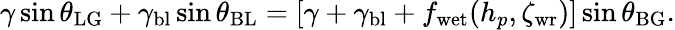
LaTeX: \gamma\sin\theta_{\mathrm{LG}}+\gamma_{\mathrm{bl}}\sin\theta_{\mathrm{BL}}=[\gamma+\gamma_{\mathrm{bl}}+f_{\mathrm{wet}}(h_{p},\zeta_{\mathrm{wr}})]\sin\theta_{\mathrm{BG}}.